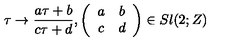
\tau \rightarrow \frac { a \tau + b } { c \tau + d } , \left( \begin{array} { c c } { a } & { b } \\ { c } & { d } \\ \end{array} \right) \in S l ( 2 ; Z )